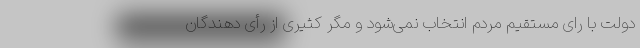
دولت با رای مستقیم مردم انتخاب نمی‌شود و مگر کثیری از رأی دهندگان